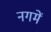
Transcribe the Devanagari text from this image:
नगमें